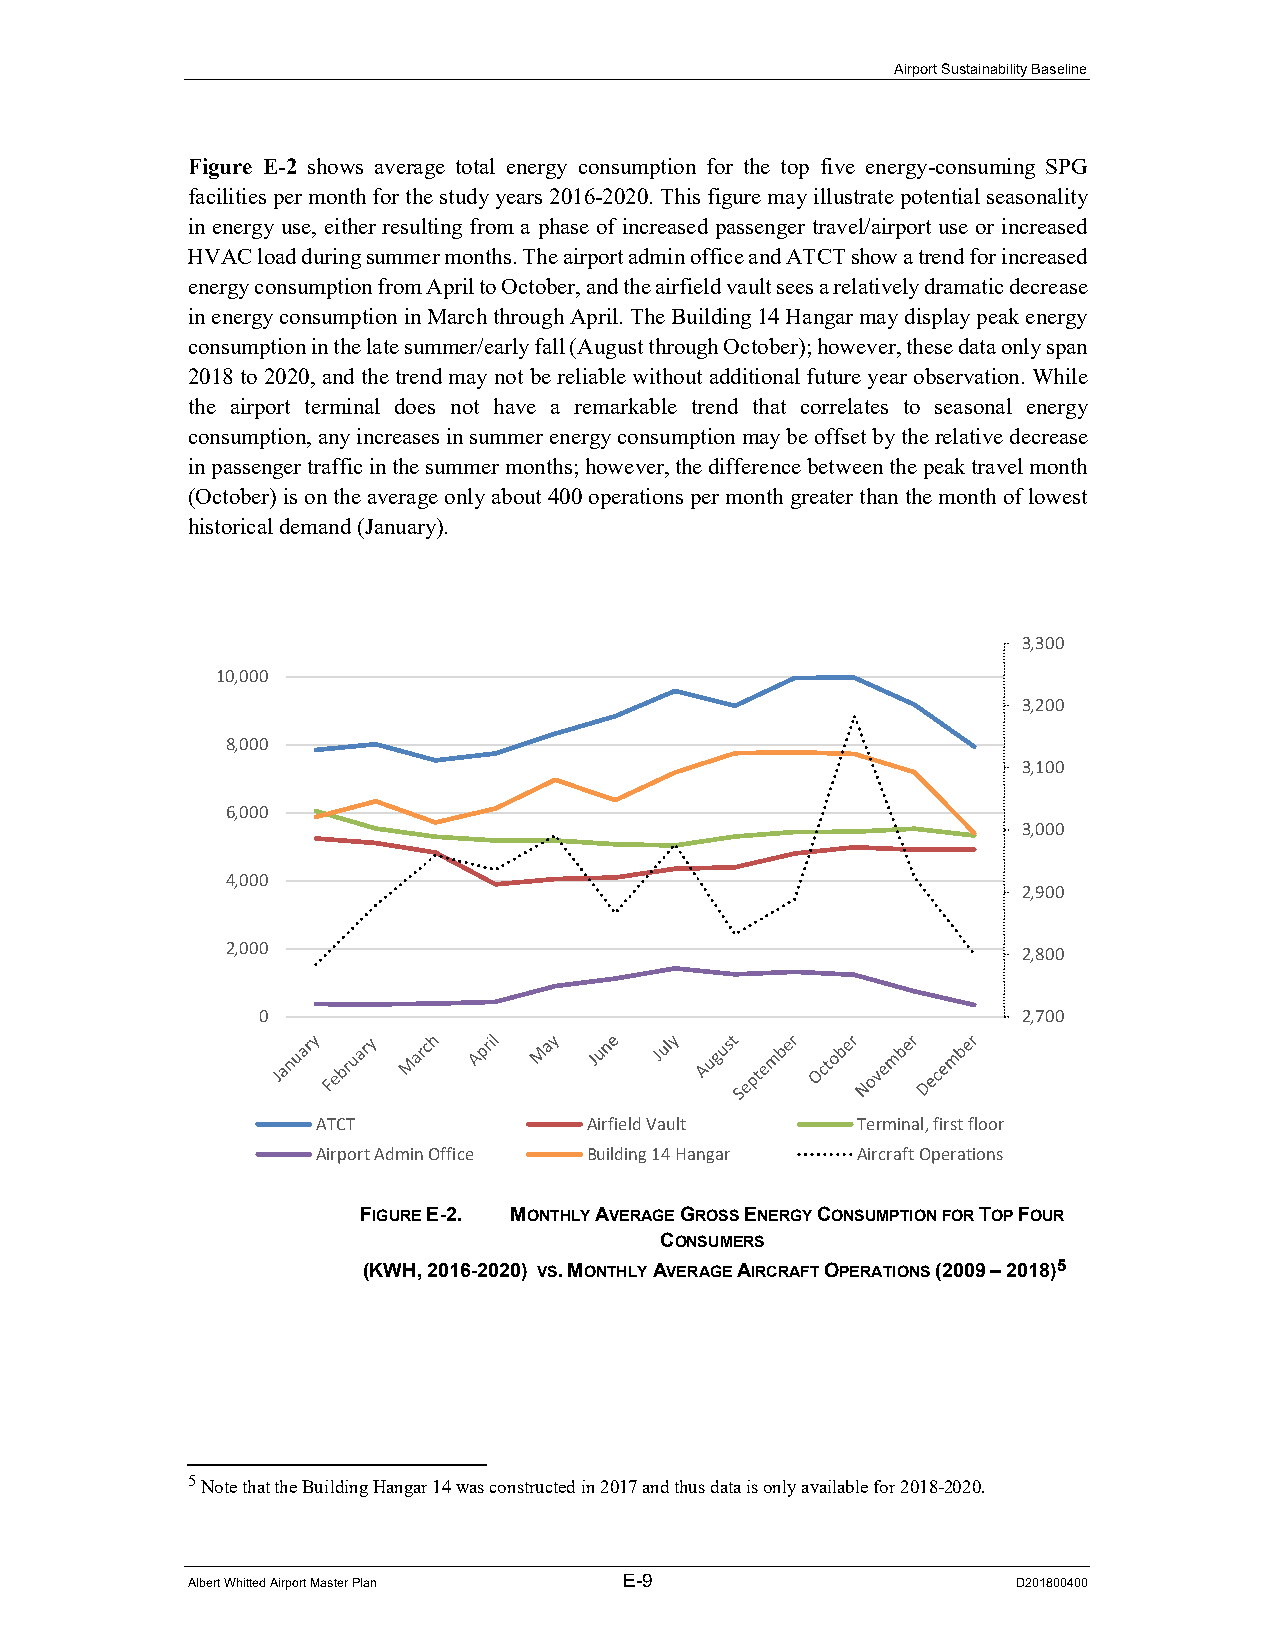
Airport Sustainability Baseline
 Figure E-2 shows average total energy consumption for the top five energy-consuming SPG
 facilities per month for the study years 2016-2020. This figure may illustrate potential seasonality
 in energy use, either resulting from a phase of increased passenger travel/airport use or increased
 HVAC load during summer months. The airport admin office and ATCT show a trend for increased
 energy consumption from April to October, and the airfield vault sees a relatively dramatic decrease
 in energy consumption in March through April. The Building 14 Hangar may display peak energy
 consumption in the late summer/early fall (August through October); however, these data only span
 2018 to 2020, and the trend may not be reliable without additional future year observation. While
 the airport terminal does not have a remarkable trend that correlates to seasonal energy
 consumption, any increases in summer energy consumption may be offset by the relative decrease
 in passenger traffic in the summer months; however, the difference between the peak travel month
 (October) is on the average only about 400 operations per month greater than the month of lowest
 historical demand (January).
 3,300
 10,000
 3,200
 8,000
 3,100
 6,000
 3,000
 4,000
 2,900
 2,000                                                2,800
 0                                                  2,700
 ATCT              Airfield Vault    Terminal, first floor
 Airport Admin Office Building 14 Hangar Aircraft Operations
 FIGURE E-2. MONTHLY AVERAGE GROSS ENERGY CONSUMPTION FOR TOP FOUR
 CONSUMERS
 (KWH, 2016-2020) VS. MONTHLY AVERAGE AIRCRAFT OPERATIONS (2009 – 2018)5
 5 Note that the Building Hangar 14 was constructed in 2017 and thus data is only available for 2018-2020.
 Albert Whitted Airport Master Plan E-9                 D201800400